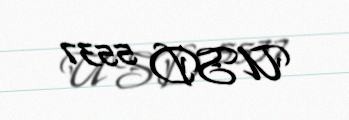
USD 5537